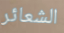
الشعائر